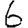
Digit: 6